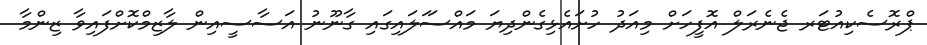
ޕްރޮސެކިއުޓަރ ޖެނެރަލް އޮފީހަށް މިއަދު ހުށައެޅިގެންދިޔަ މައްސަަލަައިގައި ގާނޫނު އަސާސީއިން ލާޒިމްކޮށްފައިވާ ޒިންމާ